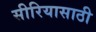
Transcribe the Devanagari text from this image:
सीरियासाठी